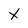
Character: X